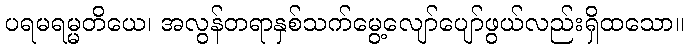
ပရမရမ္မတိယေ၊ အလွန်တရာနှစ်သက်မွေ့လျော်ပျော်ဖွယ်လည်းရှိထသော။